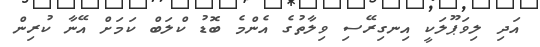
އަދި ލިވަޕޫލަކީ އިނގިރޭސި ވިލާތުގެ އެންމެ ބޮޑު ކްލަބް ކަމަށް އޭނާ ކުރިން